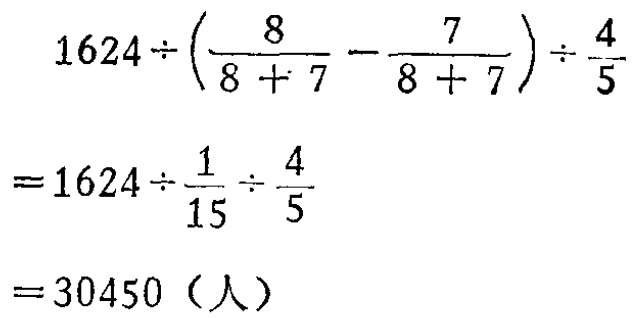
\textcircled{2} 定理：如果一个直角三角形的斜边和一条直角边与另一个直角三角形的斜边和一条直角边对应成比例，那么这两个直角三角形相似.